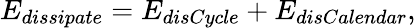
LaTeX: E_{dissipate}=E_{disCycle}+E_{disCalendar},